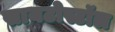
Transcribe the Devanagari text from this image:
सायटोस्टॉल